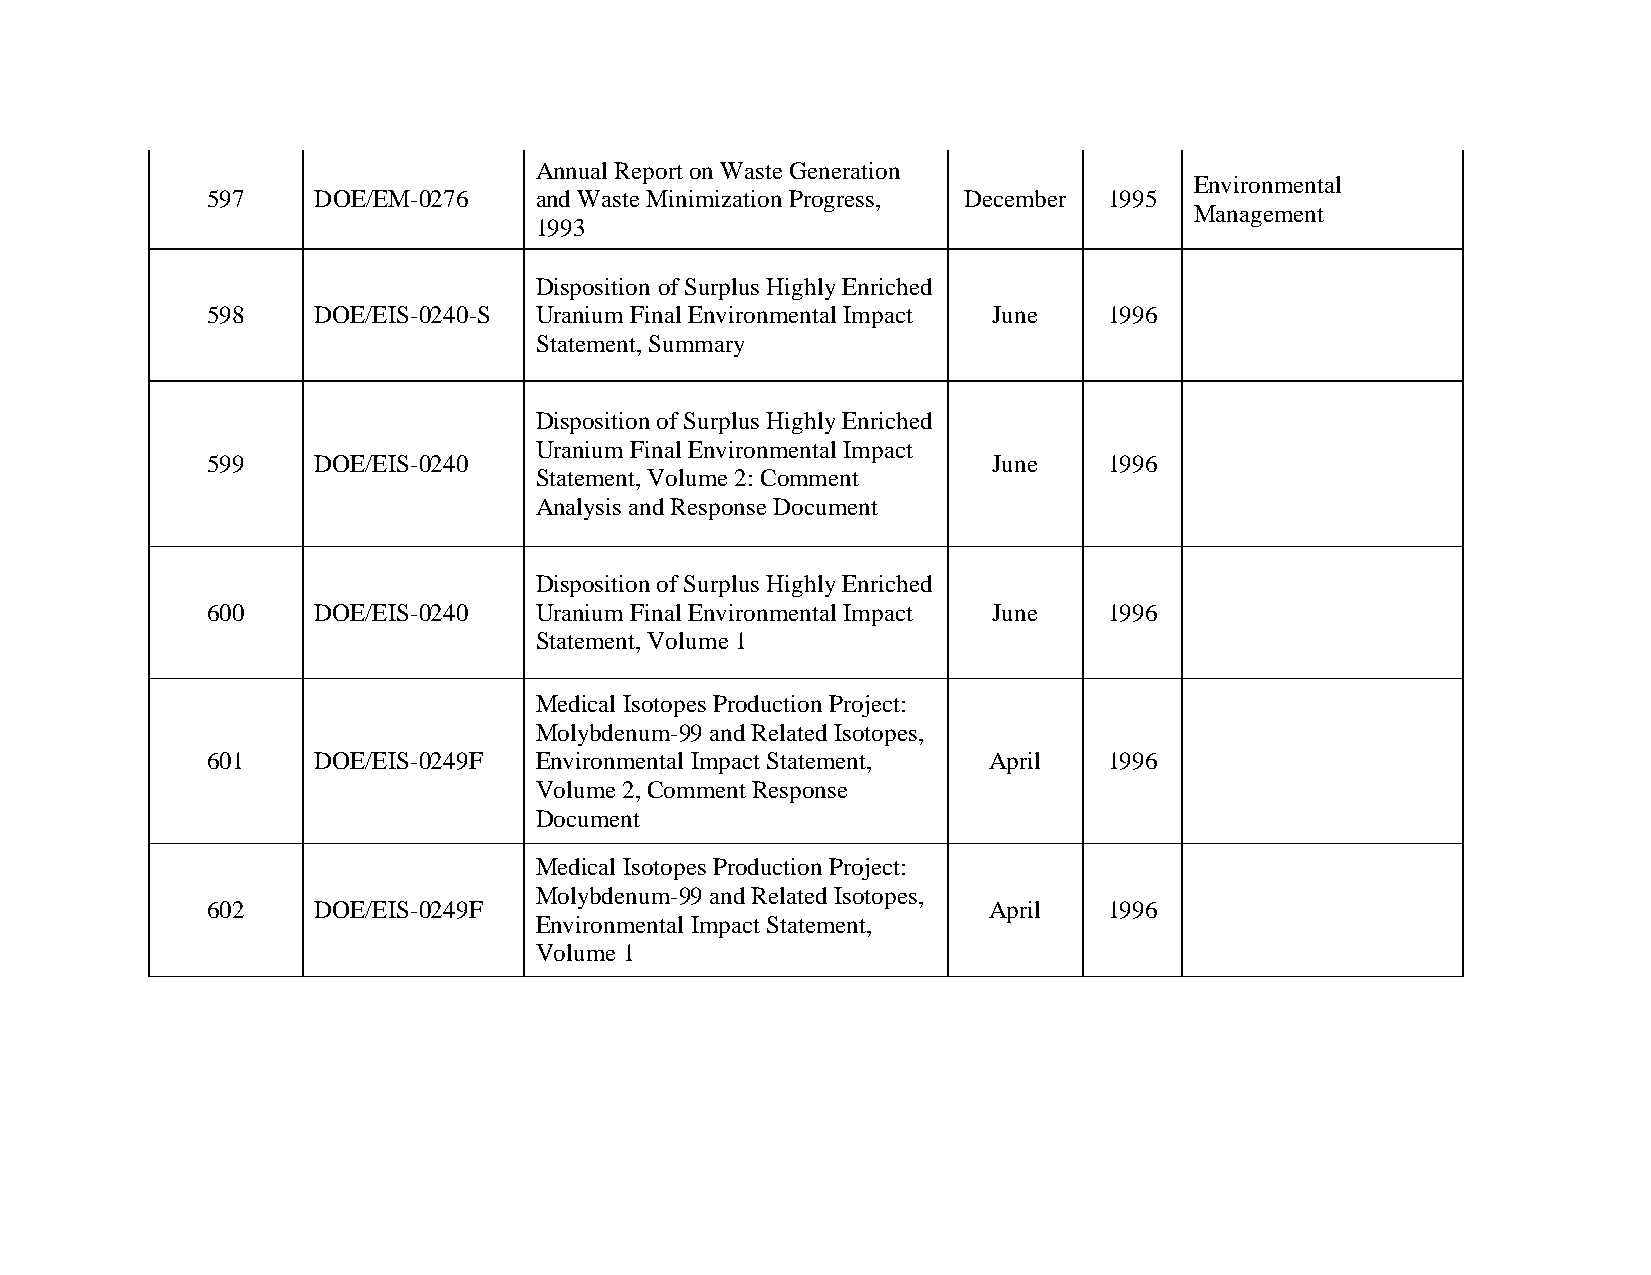
Annual Report on Waste Generation
 Environmental
 597    DOE/EM-0276   and Waste Minimization Progress, December 1995
 Management
 1993
 Disposition of Surplus Highly Enriched
 598    DOE/EIS-0240-S Uranium Final Environmental Impact June 1996
 Statement, Summary
 Disposition of Surplus Highly Enriched
 Uranium Final Environmental Impact
 599    DOE/EIS-0240                                 June   1996
 Statement, Volume 2: Comment
 Analysis and Response Document
 Disposition of Surplus Highly Enriched
 600    DOE/EIS-0240  Uranium Final Environmental Impact June 1996
 Statement, Volume 1
 Medical Isotopes Production Project:
 Molybdenum-99 and Related Isotopes,
 601    DOE/EIS-0249F Environmental Impact Statement, April 1996
 Volume 2, Comment Response
 Document
 Medical Isotopes Production Project:
 Molybdenum-99 and Related Isotopes,
 602    DOE/EIS-0249F                               April   1996
 Environmental Impact Statement,
 Volume 1